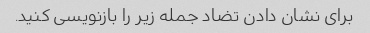
برای نشان دادن تضاد جمله زیر را بازنویسی کنید.